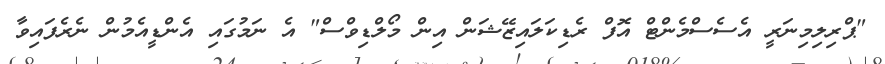
"ޕްރިލިމިނަރީ އެސެސްމެންޓް އޮފް ރެޑިކަލައިޒޭޝަން އިން މޯލްޑިވްސް" އެ ނަމުގައި އެންޑީއެމުން ނެރެފައިވާ